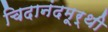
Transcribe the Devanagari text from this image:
चिदानंदमूर्थी